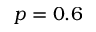
p = 0 . 6